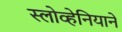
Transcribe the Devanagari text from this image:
स्लोव्हेनियाने